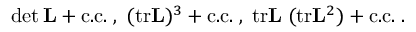
\operatorname * { d e t } { \bf L } + \mathrm { c . c . } \; , \; ( \mathrm { t r } { \bf L } ) ^ { 3 } + \mathrm { c . c . } \; , \; \mathrm { t r } { \bf L } \; ( \mathrm { t r } { \bf L } ^ { 2 } ) + \mathrm { c . c . } \; .